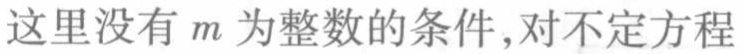
这里没有 \(m\) 为整数的条件,对不定方程